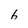
Character: 6